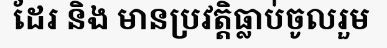
ដែរ និង មានប្រវត្តិធ្លាប់ចូលរួម